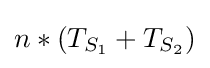
n*(T_{S_{1}}+T_{S_{2}})